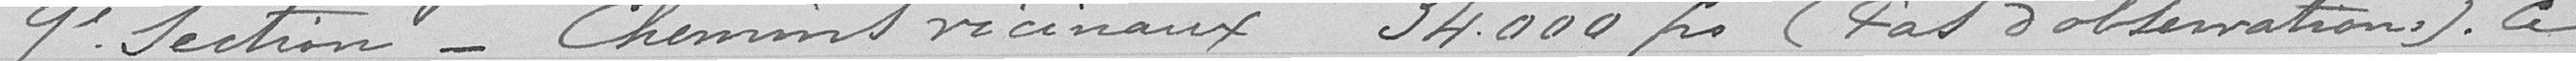
9° section - Chemins vicinaux 34.000 francs (pas d'observation). Ce